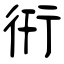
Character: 衎